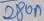
Text: 280n